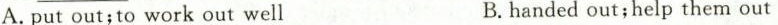
A. put out;to work out well B.handed out;help them out